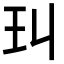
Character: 㺩